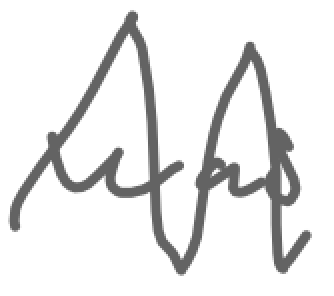
Text: was
Cross-out: zig-zag
Writing tool: digital_gray